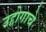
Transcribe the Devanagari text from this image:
उद्दोगाचे